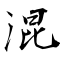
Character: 混